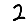
Digit: 2